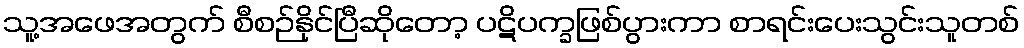
သူ့အဖေအတွက် စီစဉ်နိုင်ပြီဆိုတော့ ပဋိပက္ခဖြစ်ပွားကာ စာရင်းပေးသွင်းသူတစ်